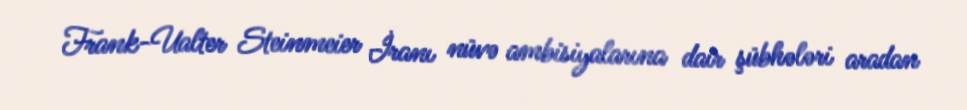
Frank-Ualter Steinmeier İranı nüvə ambisiyalarına dair şübhələri aradan